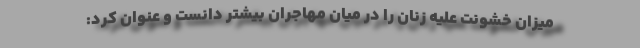
میزان خشونت علیه زنان را در میان مهاجران بیشتر دانست و عنوان کرد: